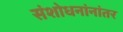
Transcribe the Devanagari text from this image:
संशोधनांनांतर